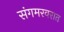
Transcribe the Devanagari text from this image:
संगमरवरात